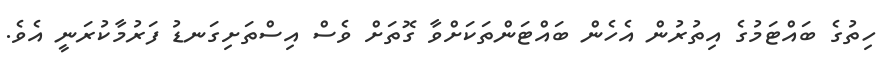
ހިތުގެ ބައްޓަމުގެ އިތުރުން އެހެން ބައްޓަންތަކަށްވާ ގޮތަށް ވެސް އިސްތަށިގަނޑު ފަރުމާކުރަނީ އެވެ.